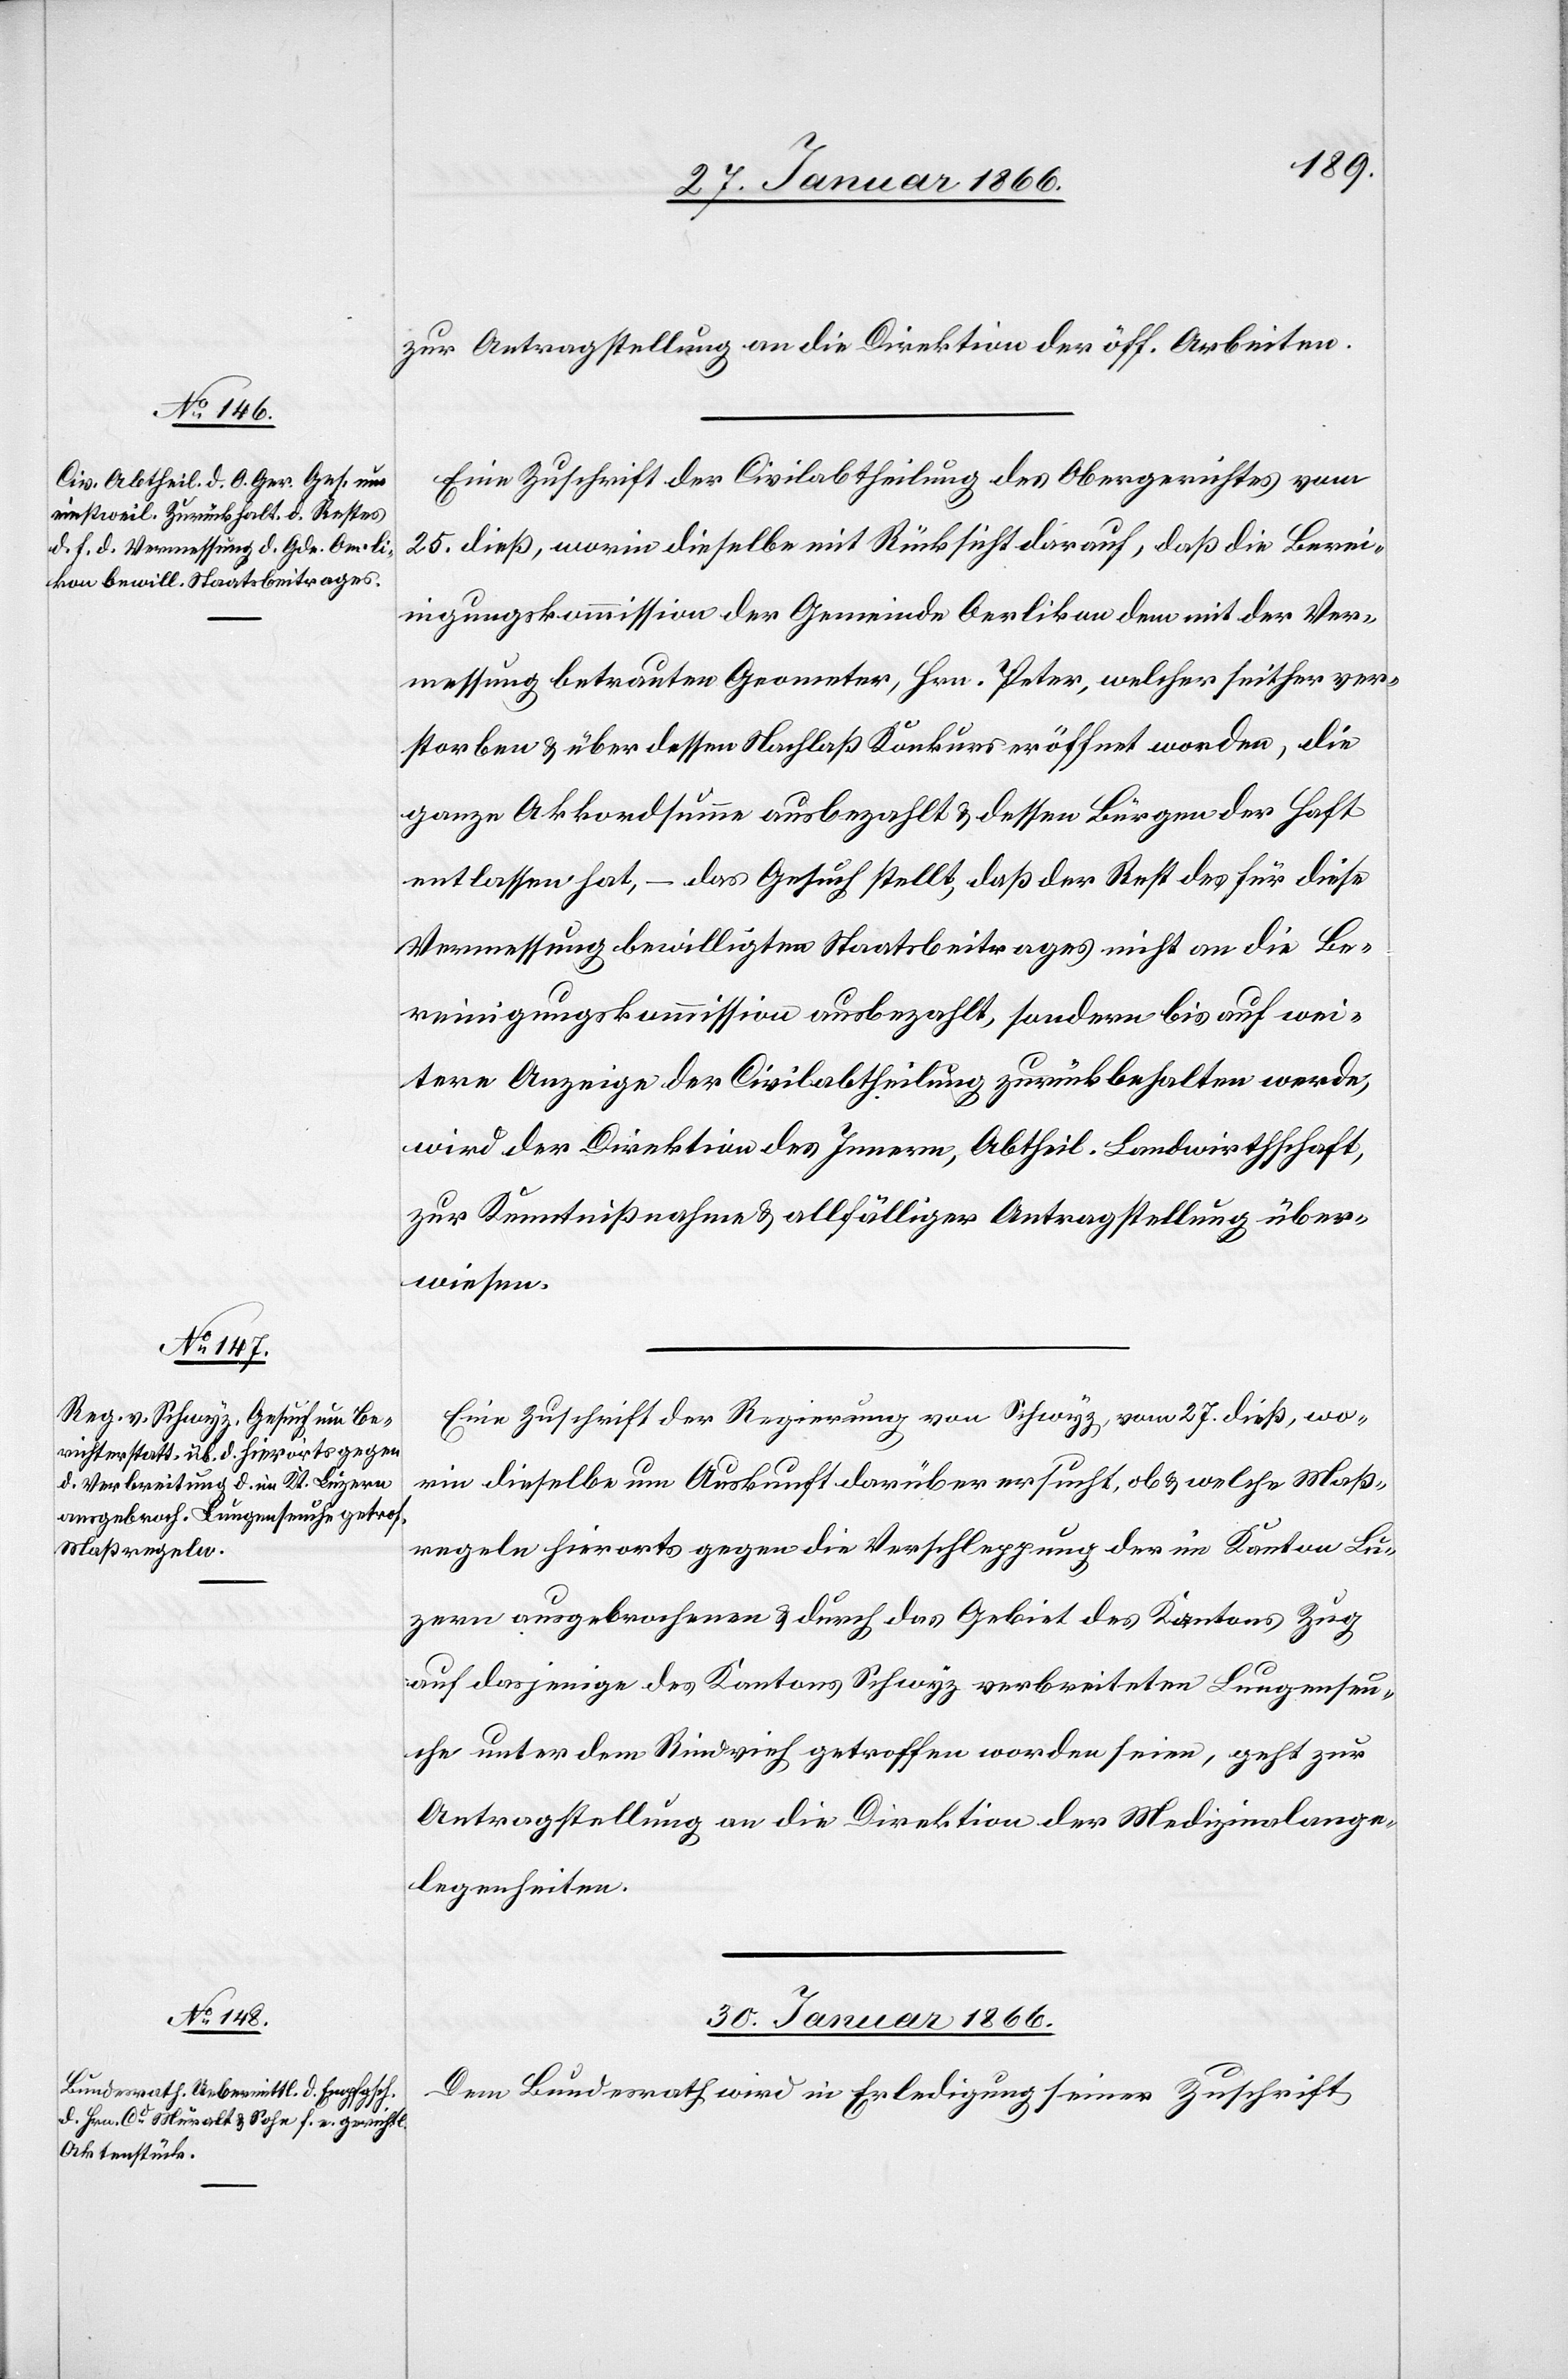
zur Antragstellung an die Direktion der öff. Arbeiten.
Eine Zuschrift der Civilabtheilung des Obergerichtes vom
25. dieß, worin dieselbe mit Rücksicht darauf, daß die Berei¬
nigungskommission der Gemeinde Oerlikon dem mit der Ver¬
messung betrauten Geometer, Hrn. Peter, welcher seither ver¬
storben u. über dessen Nachlaß Konkurs eröffnet worden, die
ganze Akkordsumme ausbezahlt u. dessen Bürgen der Haft
entlassen hat, – das Gesuch stellt, daß der Rest der für diese
Vermessung bewilligten Staatsbeitrages nicht an die Be¬
reinigungskommission ausbezahlt, sondern bis auf wei¬
tere Anzeige der Civilabtheilung zurückbehalten werde,
wird der Direktion des Innern, Abtheil. Landwirthschaft,
zur Kenntnißnahme u. allfälliger Antragstellung über¬
wiesen.
Eine Zuschrift der Regierung von Schwyz, vom 27. dieß, wo¬
rin dieselbe um Auskunft darüber ersucht, ob u. welche Maß¬
regeln hierorts gegen die Verschleppung der im Kanton Lu¬
zern ausgebrochenen u. durch das Gebiet des Kantons Zug
auf dasjenige des Kantons Schwyz verbreiteten Lungenseu¬
che unter dem Rindvieh getroffen worden seien, geht zur
Antragstellung an die Direktion der Medizinalange¬
legenheiten.
30. Januar 1866.
Dem Bundesrath wird in Erledigung seiner Zuschrift